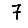
Digit: 7